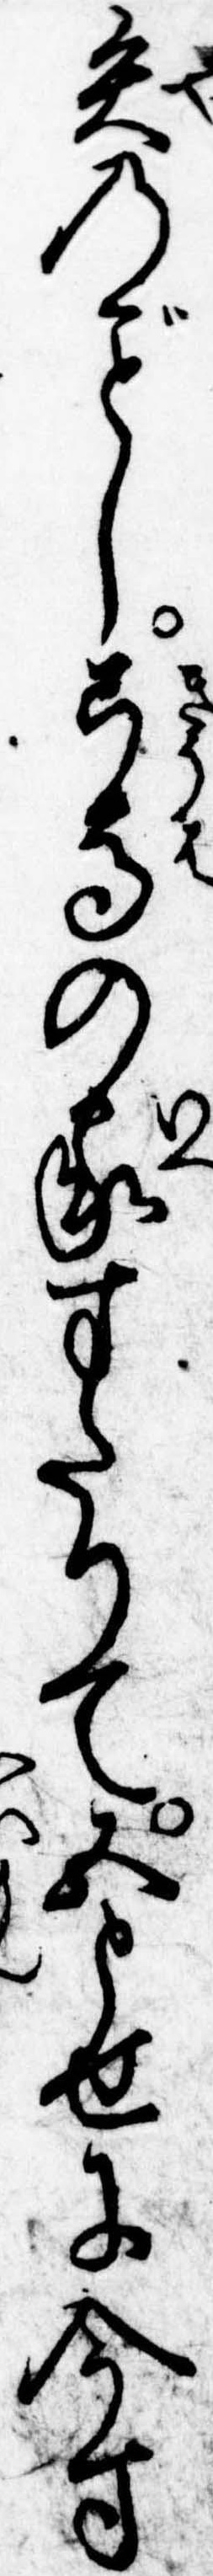
矢のし弓馬の家すたりて五とせに今す